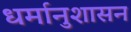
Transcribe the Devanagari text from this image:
धर्मानुशासन